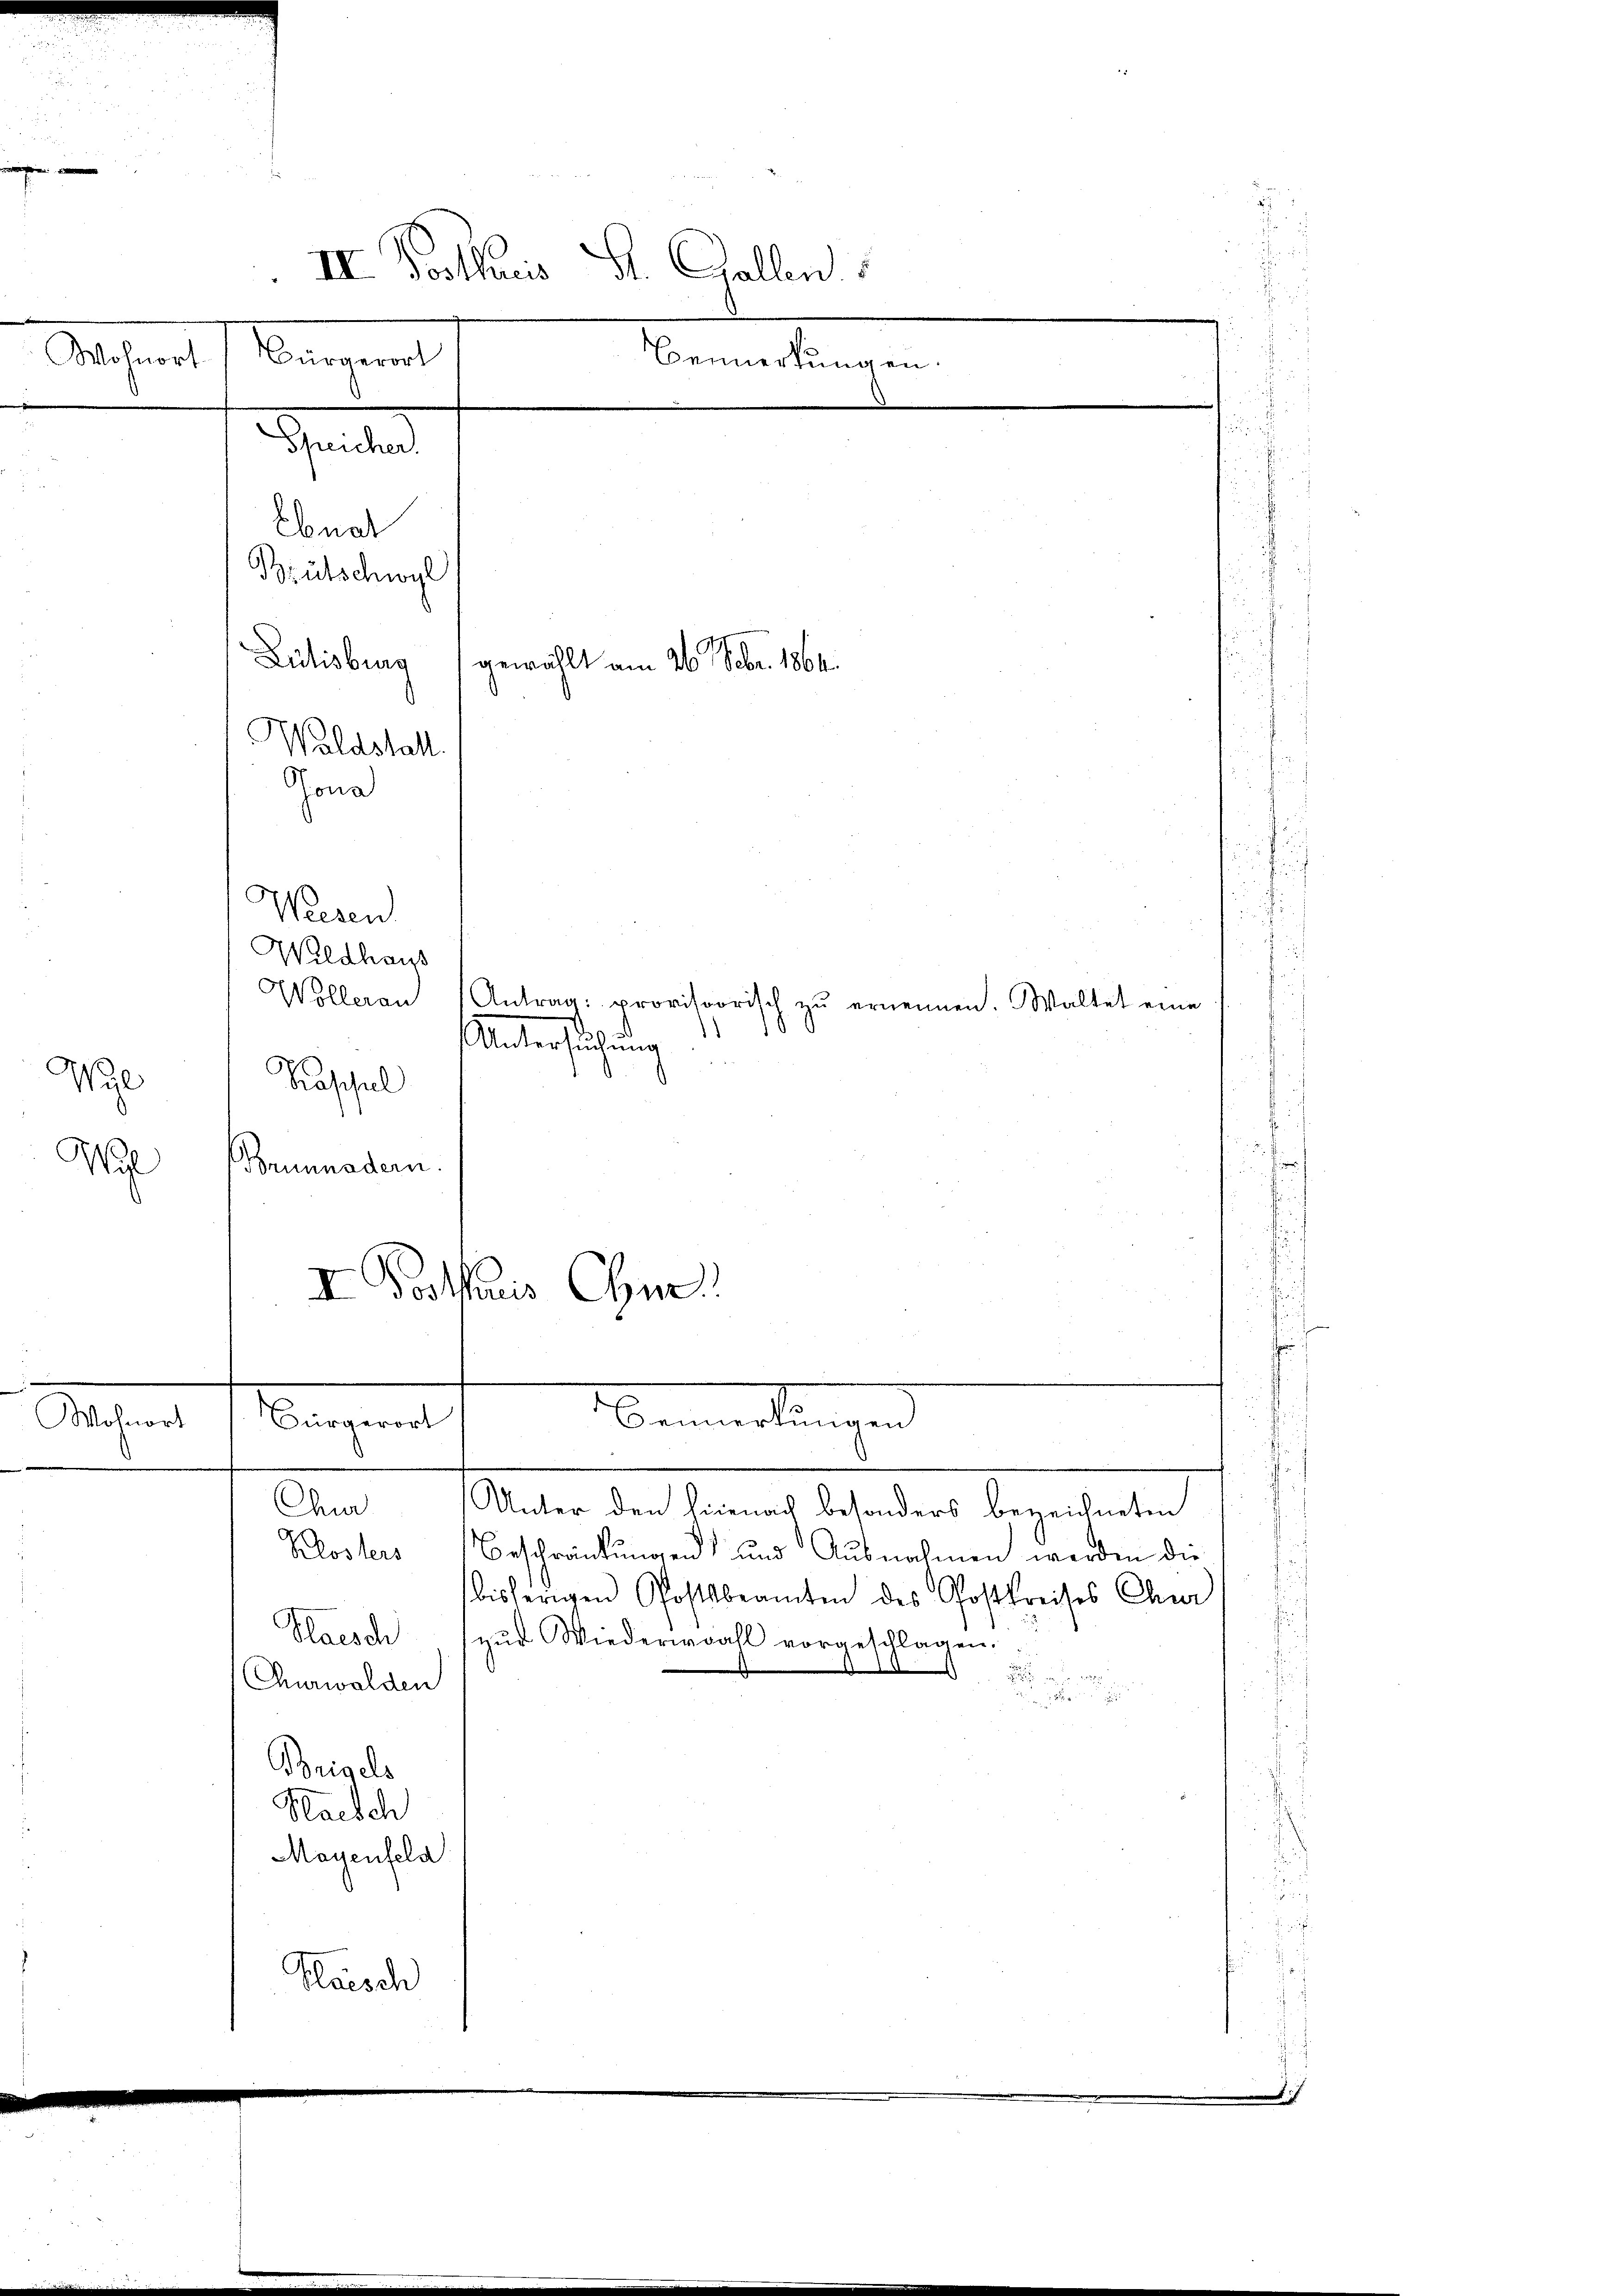
Wohnort

Wyl
Wal

Sachen

III. Postkuris St. Gallen
Bangen
Bemerkungen.
naten

Brütschwyl
Lutisburg
s
Waldstall.
Jona
Wesen
Wildhaus
Wollerau Antrag: provisorisch zŭ ernennen. Waltet eine
)
Untersuchung
.
d
Kaschul
Brunnadern.
I Voraus Chme

Ebnat

gewählt am 26. Febr. 1864.

Bemerkungen
Bürgerort

Chur
Unter den hienach besonders bezeichneten
Klosters Beschränkungen und Ausnahmen werden die
bisherigen Postsbeamten des Postkreises Chur
Haesdi
zŭr Wiederwahl vorgeschlagen.

d
Churwalden

Beigels
Haesch
Mayenfeld
Klaisch

.